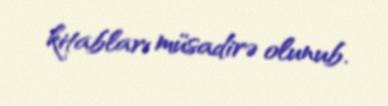
kitabları müsadirə olunub.